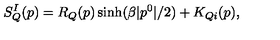
S _ { Q } ^ { I } ( p ) = R _ { Q } ( p ) \sinh ( \beta | p ^ { 0 } | / 2 ) + K _ { Q i } ( p ) ,